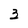
Character: 3